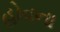
હોવના